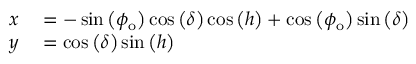
\begin{array} { r l } { x } & { { } = - \sin \left( \phi _ { \mathrm { o } } \right) \cos \left( \delta \right) \cos \left( h \right) + \cos \left( \phi _ { \mathrm { o } } \right) \sin \left( \delta \right) } \\ { y } & { { } = \cos \left( \delta \right) \sin \left( h \right) } \end{array}